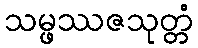
သမ္ဖဿဇသုတ္တံ